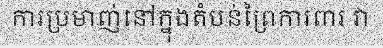
ការប្រមាញ់នៅក្នុងតំបន់ព្រៃការពារ វា